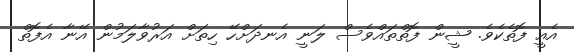
އެއީ ފޮތެކެވެ. ޝީން ފޮތްތައްވެސް ލަނީ އެނދަށްހޭ ހިތަށް އަރުވާލަމުން އޭނާ އެފޮތް